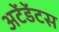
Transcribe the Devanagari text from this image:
अटेंडेंटस